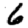
Digit: 6